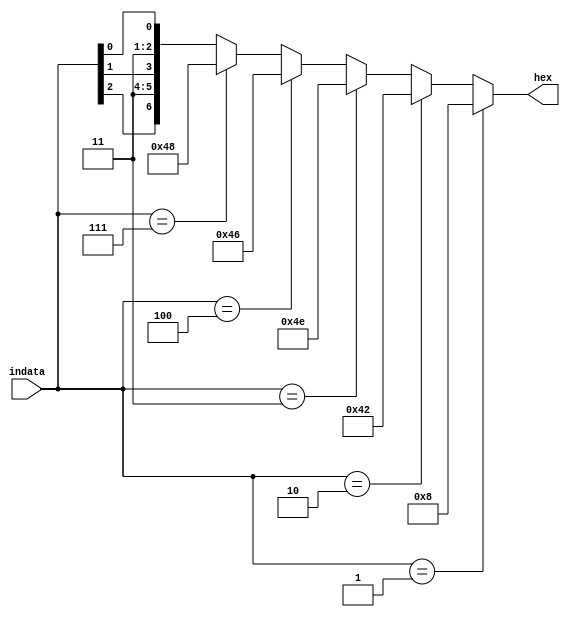
module ADN2SEG(output [6:0] hex, input [2:0] indata);
parameter   A_ADN = 3'b001,
				G_ADN = 3'b010,
				T_ADN = 3'b011,
				C_ADN = 3'b100,
				N_ADN = 3'b111;
   assign hex = (indata == A_ADN) ? 7'b0001000 : 
	             (indata == G_ADN) ? 7'b1000010 :
					 (indata == T_ADN) ? 7'b1001110 : 
				    (indata == C_ADN) ? 7'b1000110 :
					 (indata == N_ADN) ? 7'b1001000 : {indata[2],2'b11,indata[1],2'b11,indata[0]}	;
endmodule